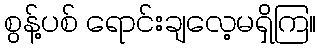
စွန့်ပစ် ရောင်းချလေ့မရှိကြ။